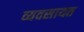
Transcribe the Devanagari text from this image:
व्यवसायत